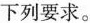
下列要求。